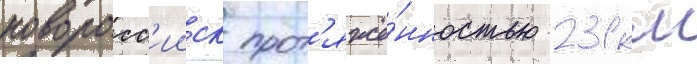
новоросс'ииск прот'яжё́нностью 231 км